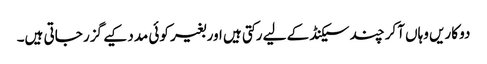
دو کاریں وہاں آکر چند سیکنڈ کے لیے رکتی ہیں اور بغیر کوئی مدد کیے گزر جاتی ہیں۔